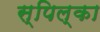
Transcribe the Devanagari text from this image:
स्पिल्का